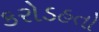
કરોડહતો